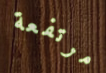
مرتفعة